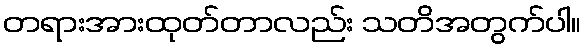
တရားအားထုတ်တာလည်း သတိအတွက်ပါ။